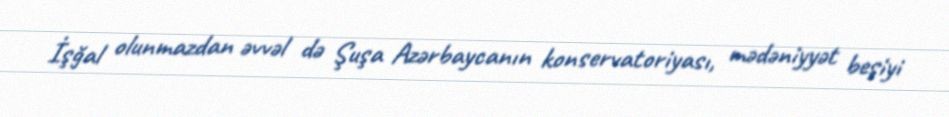
İşğal olunmazdan əvvəl də Şuşa Azərbaycanın konservatoriyası, mədəniyyət beşiyi